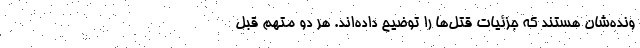
ونده‌شان هستند که جزئیات قتل‌ها را توضیح داده‌اند. هر دو متهم قبل